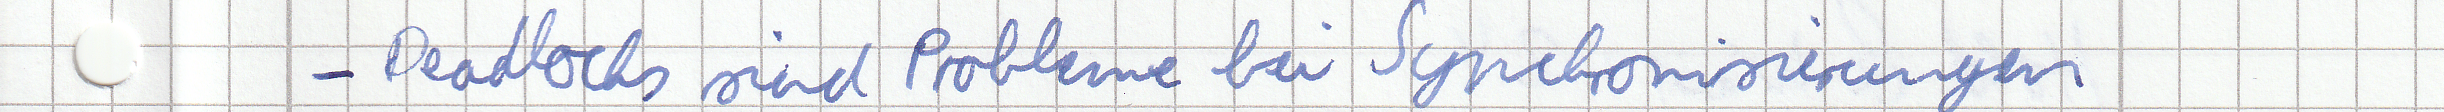
- Deadlocks sind Probleme bei Synchronisierungen